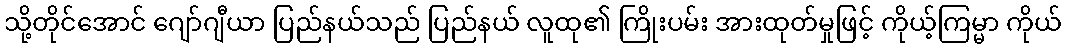
သို့တိုင်အောင် ဂျော်ဂျီယာ ပြည်နယ်သည် ပြည်နယ် လူထု၏ ကြိုးပမ်း အားထုတ်မှုဖြင့် ကိုယ့်ကြမ္မာ ကိုယ်